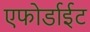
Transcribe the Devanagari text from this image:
एफोर्डाईट